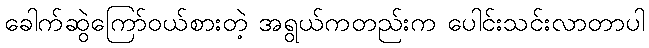
ခေါက်ဆွဲကြော်ဝယ်စားတဲ့ အရွယ်ကတည်းက ပေါင်းသင်းလာတာပါ